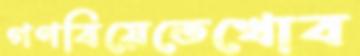
গণবিয়েতেখোব